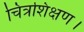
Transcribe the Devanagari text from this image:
चित्रशिक्षण।